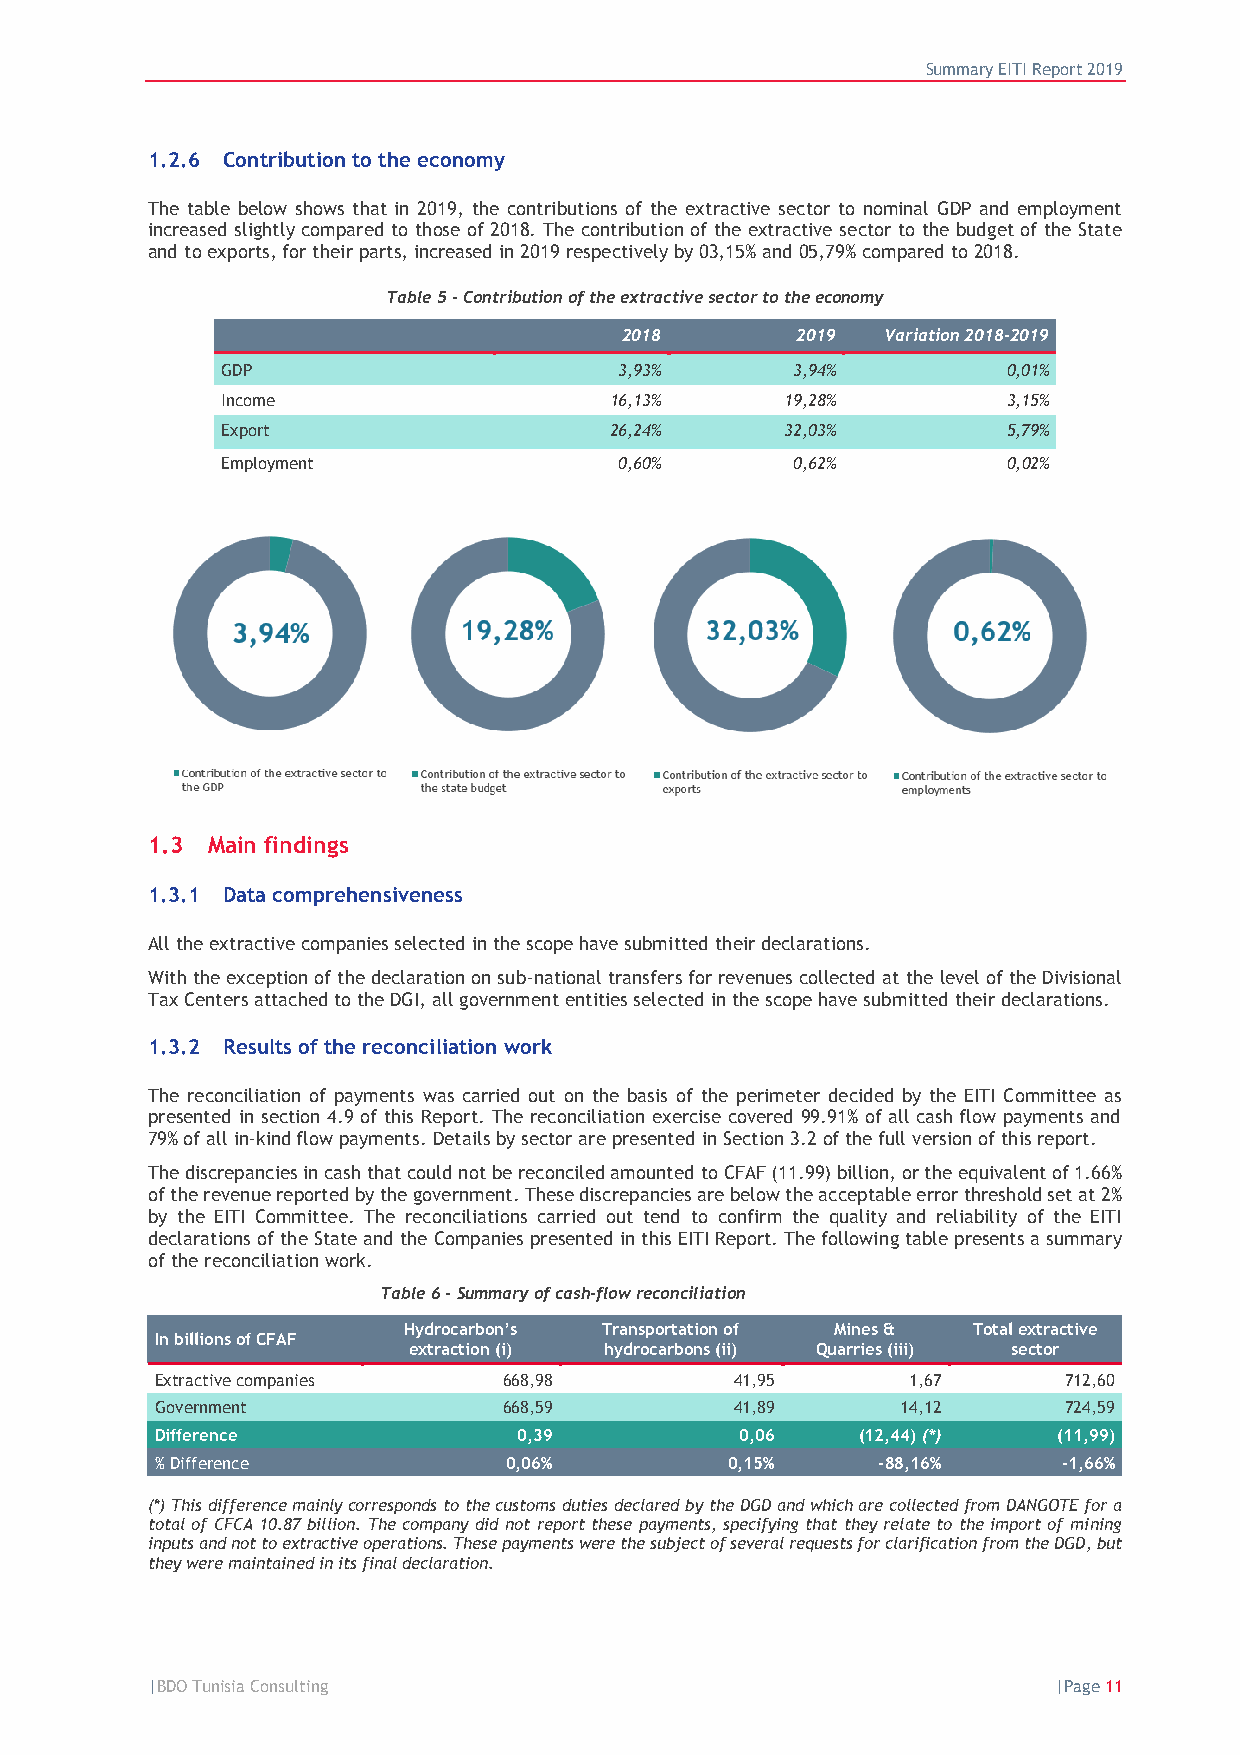
Summary EITI Report 2019
 1.2.6 Contribution to the economy
 The table below shows that in 2019, the contributions of the extractive sector to nominal GDP and employment
 increased slightly compared to those of 2018. The contribution of the extractive sector to the budget of the State
 and to exports, for their parts, increased in 2019 respectively by 03,15% and 05,79% compared to 2018.
 Table 5 - Contribution of the extractive sector to the economy
 2018        2019 Variation 2018-2019
 GDP                       3,93%      3,94%          0,01%
 Income                   16,13%      19,28%         3,15%
 Export                   26,24%      32,03%         5,79%
 Employment                0,60%      0,62%          0,02%
 1.3 Main findings
 1.3.1 Data comprehensiveness
 All the extractive companies selected in the scope have submitted their declarations.
 With the exception of the declaration on sub-national transfers for revenues collected at the level of the Divisional
 Tax Centers attached to the DGI, all government entities selected in the scope have submitted their declarations.
 1.3.2 Results of the reconciliation work
 The reconciliation of payments was carried out on the basis of the perimeter decided by the EITI Committee as
 presented in section 4.9 of this Report. The reconciliation exercise covered 99.91% of all cash flow payments and
 79% of all in-kind flow payments. Details by sector are presented in Section 3.2 of the full version of this report.
 The discrepancies in cash that could not be reconciled amounted to CFAF (11.99) billion, or the equivalent of 1.66%
 of the revenue reported by the government. These discrepancies are below the acceptable error threshold set at 2%
 by the EITI Committee. The reconciliations carried out tend to confirm the quality and reliability of the EITI
 declarations of the State and the Companies presented in this EITI Report. The following table presents a summary
 of the reconciliation work.
 Table 6 - Summary of cash-flow reconciliation
 Hydrocarbon’s Transportation of Mines & Total extractive
 In billions of CFAF
 extraction (i) hydrocarbons (ii) Quarries (iii) sector
 Extractive companies   668,98          41,95      1,67      712,60
 Government             668,59          41,89      14,12     724,59
 Difference              0,39           0,06    (12,44) (*)  (11,99)
 % Difference           0,06%          0,15%     -88,16%     -1,66%
 (*) This difference mainly corresponds to the customs duties declared by the DGD and which are collected from DANGOTE for a
 total of CFCA 10.87 billion. The company did not report these payments, specifying that they relate to the import of mining
 inputs and not to extractive operations. These payments were the subject of several requests for clarification from the DGD, but
 they were maintained in its final declaration.
 |BDO Tunisia Consulting                                     |Page 11